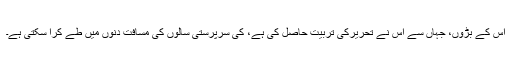
اس کے بڑوں، جہاں سے اس نے تحریرکی تربیت حاصل کی ہے، کی سرپرستی سالوں کی مسافت دنوں میں طے کرا سکتی ہے۔